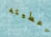
اعطيته